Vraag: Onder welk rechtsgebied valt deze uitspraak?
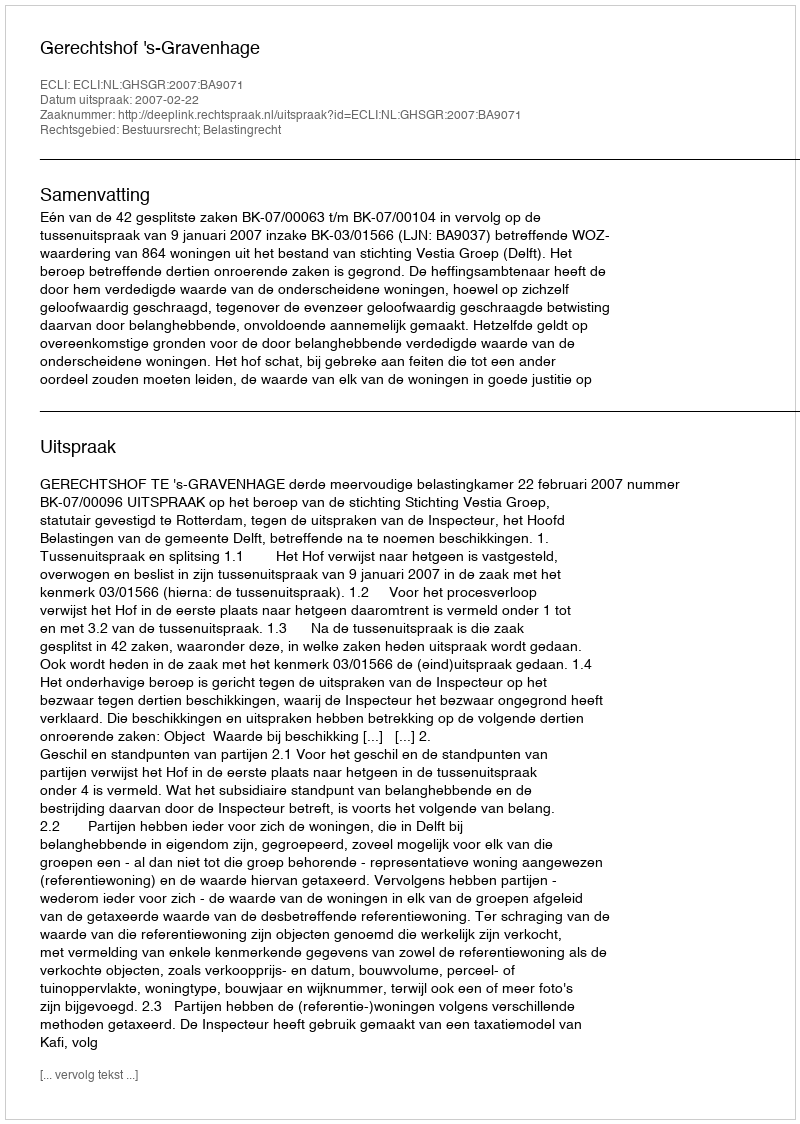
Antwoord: Bestuursrecht; Belastingrecht